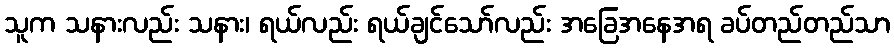
သူက သနားလည်း သနား၊ ရယ်လည်း ရယ်ချင်သော်လည်း အခြေအနေအရ ခပ်တည်တည်သာ